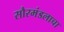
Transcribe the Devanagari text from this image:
सौरमंडलाचा